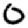
Digit: 0